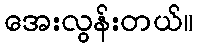
အေးလွန်းတယ်။